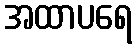
အထာပရေ